38_143685_box_Incident_Summaries_173-233
Agency: Department of War
Page 139
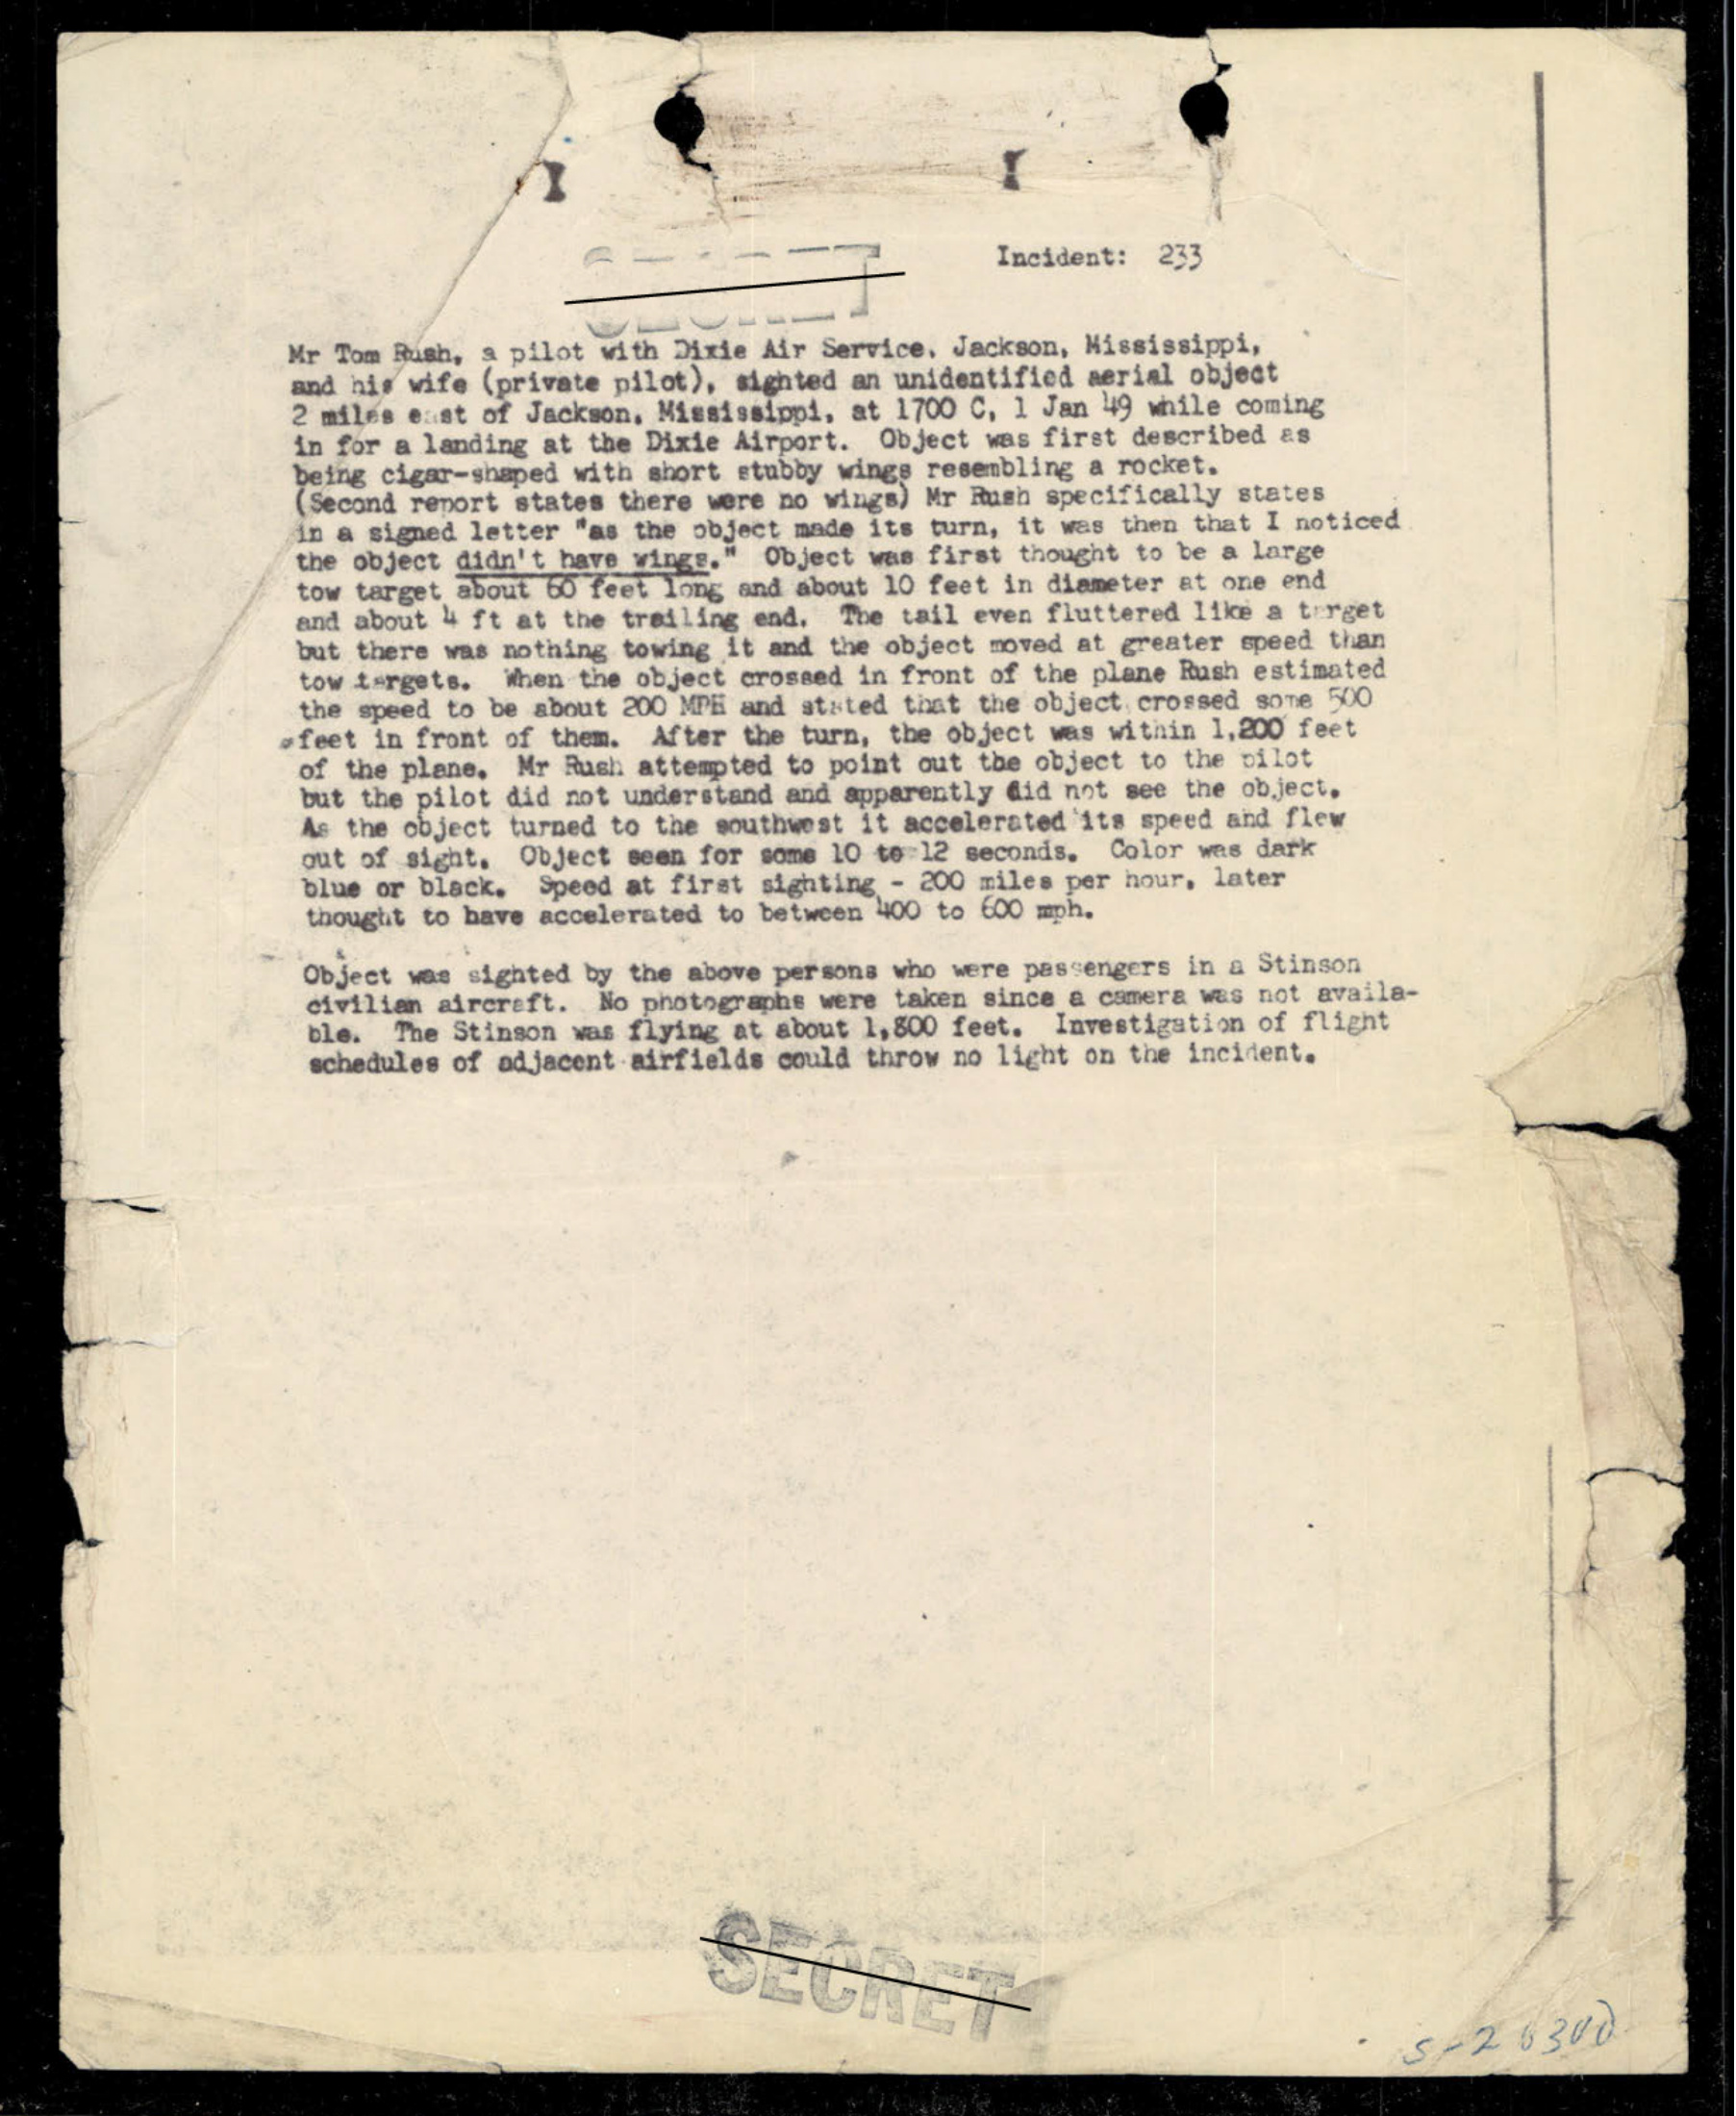